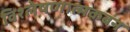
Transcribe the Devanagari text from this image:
विश्लेषणात्मकबन